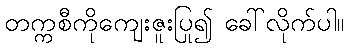
တက္ကစီကိုကျေးဇူးပြု၍ ခေါ်လိုက်ပါ။